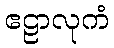
ဧဠာလုကံ